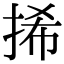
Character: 𢬾